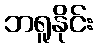
ဘရူနိုင်း